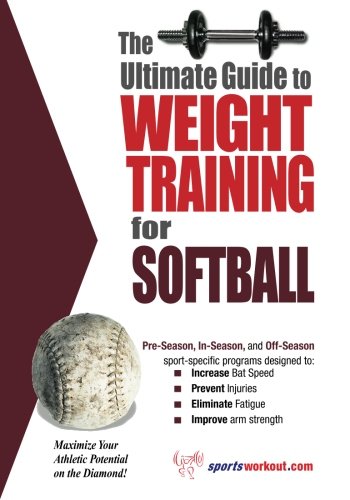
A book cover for Ultimate Guide to Weight Training for Softball; Rob Price; Sports & Outdoors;